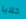
خلايا